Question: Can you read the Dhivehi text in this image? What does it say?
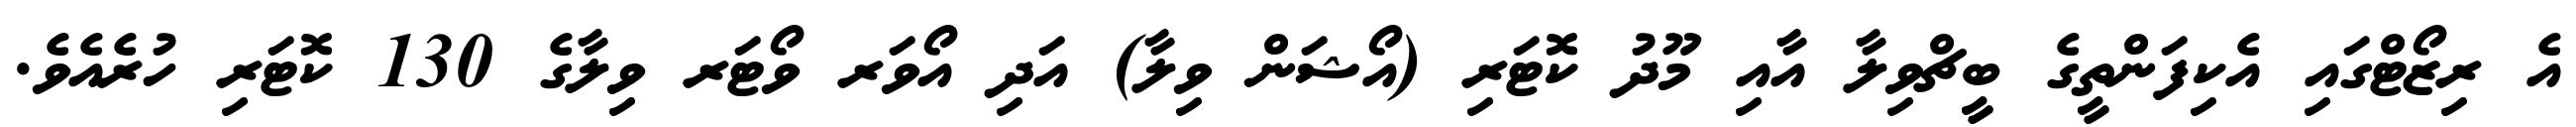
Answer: އެ ރިޒޯޓްގައި އެކިފަންތީގެ ބީޗްވިލާ އާއި މޫދު ކޮޓަރި (އޯޝަން ވިލާ) އަދި އޯވަރ ވޯޓަރ ވިލާގެ 130 ކޮޓަރި ހުރެއެވެ.